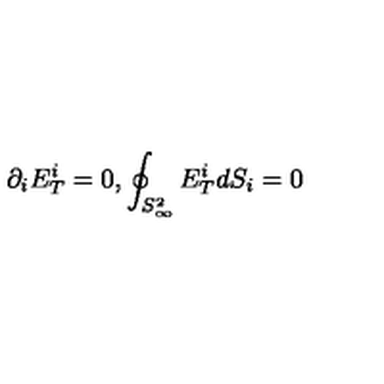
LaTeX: \partial _ { i } E _ { T } ^ { i } = 0 , \oint _ { S _ { \infty } ^ { 2 } } E _ { T } ^ { i } d S _ { i } = 0